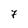
Character: 7